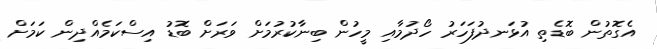
އެގޮތުން ބޮޑެތި އުޅަނދުފަހަރު ހޯދުމާއި މީހުން ބިނާކުރުމަށް ވަރަށް ބޮޑު އިސްކަމެއްދިން ކަމަށް